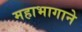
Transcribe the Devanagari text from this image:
महाभागाने